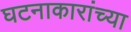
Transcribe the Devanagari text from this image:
घटनाकारांच्या